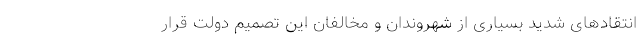
انتقاد‌های شدید بسیاری از شهروندان و مخالفان این تصمیم دولت قرار